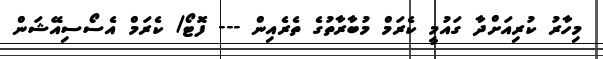
މިހާރު ކުރިއަށްދާ ގައުމީ ކެރަމް މުބާރާތުގެ ތެރެއިން --- ފޮޓޯ/ ކެރަމް އެސޯސިއޭޝަން